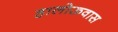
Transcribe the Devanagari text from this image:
हालोऊवास